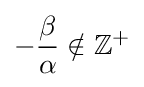
-{\frac {\beta }{\alpha }}\notin \mathbb {Z} ^{+}